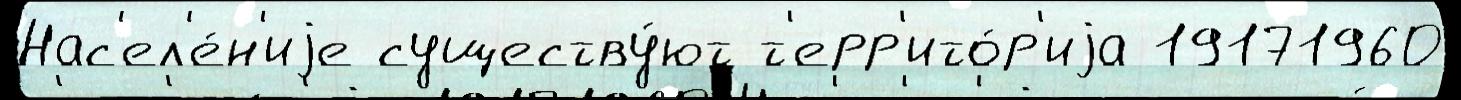
Нас'ел'е́н'иjе существу́ют т'ерр'ито́р'иjа 19171960